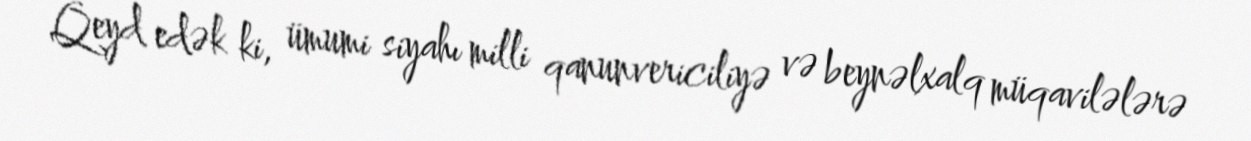
Qeyd edək ki, ümumi siyahı milli qanunvericiliyə və beynəlxalq müqavilələrə